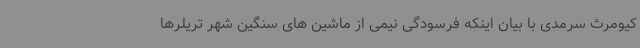
کیومرث سرمدی با بیان اینکه فرسودگی نیمی از ماشین های سنگین شهر تریلرها